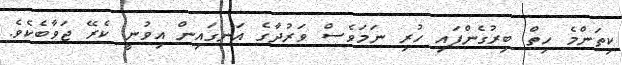
ކިތަންމެ ހިތް ބިރުގެންފައި ހުރި ނަމަވެސް ވަރުދާގެ އަނގައިން އިވުނީ ކެރޭ ޖަވާބެކެވެ.